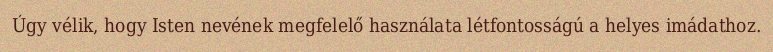
Úgy vélik, hogy Isten nevének megfelelő használata létfontosságú a helyes imádathoz.